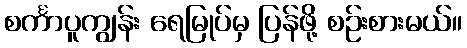
စင်္ကာပူကျွန်း ရေမြုပ်မှ ပြန်ဖို့ စဉ်းစားမယ်။